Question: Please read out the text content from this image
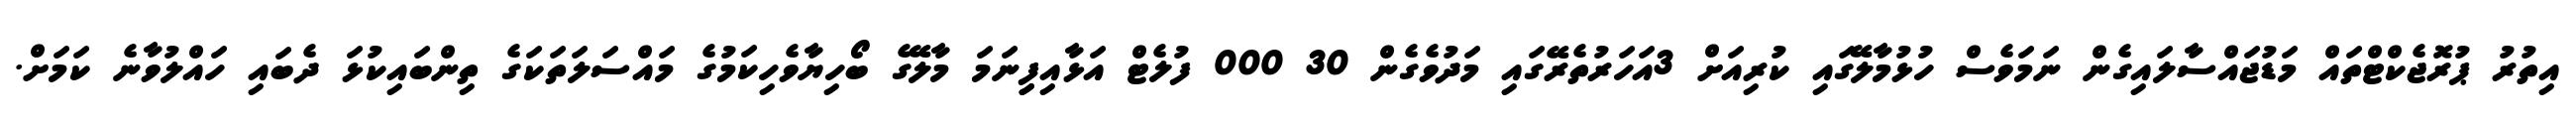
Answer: އިތުރު ޕުރޮޖެކްޓްތައް މަޑުޖައްސާލައިގެން ނަމަވެސް ހުޅުމާލޭގައި ކުރިއަށް 3އަހަރުތެރޭގައި މަދުވެގެން 30 000 ފުލެޓް އަޅާއިފިިނަމަ މާލޭގެ ބޯހިޔާވެހިކަމުގެ މައްސަލަތަކަގެ ތިންބައިކުޅަ ދެބައި ހައްލުވާނެ ކަމަށް.